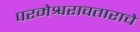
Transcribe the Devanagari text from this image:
परमेश्वरावताराचे